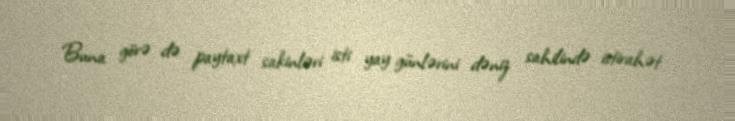
Buna görə də paytaxt sakinləri isti yay günlərini dəniz sahilində istirahət